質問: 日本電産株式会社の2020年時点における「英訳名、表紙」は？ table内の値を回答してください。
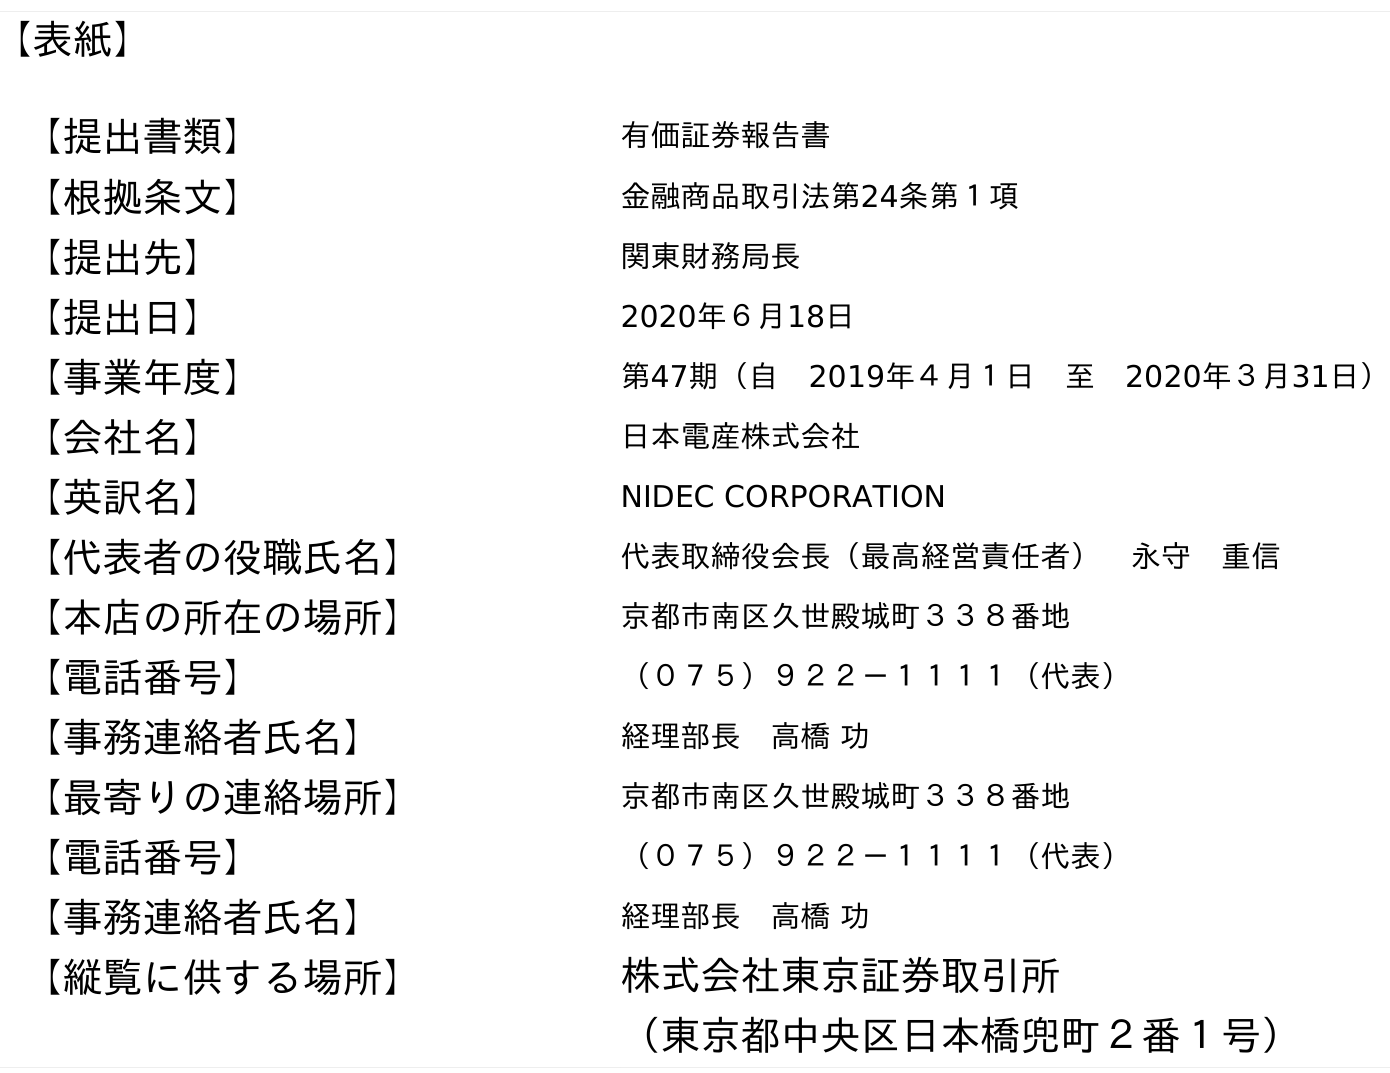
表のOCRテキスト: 【表紙】 【提出書類】 有価証券報告書 【根拠条文】 金融商品取引法第24条第１項 【提出先】 関東財務局長 【提出日】 2020年６月18日 【事業年度】 第47期（自 2019年４月１日 至 2020年３月31日） 【会社名】 日本電産株式会社 【英訳名】 NIDEC CORPORATION 【代表者の役職氏名】 代表取締役会長（最高経営責任者） 永守 重信 【本店の所在の場所】 京都市南区久世殿城町３３８番地 【電話番号】 （０７５）９２２－１１１１（代表） 【事務連絡者氏名】 経理部長 高橋 功 【最寄りの連絡場所】 京都市南区久世殿城町３３８番地 【電話番号】 （０７５）９２２－１１１１（代表） 【事務連絡者氏名】 経理部長 高橋 功 【縦覧に供する場所】 株式会社東京証券取引所 （東京都中央区日本橋兜町２番１号）
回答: NIDEC CORPORATION